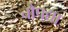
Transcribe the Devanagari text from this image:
चौपद्या